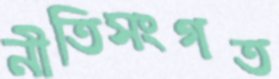
নীতিসংগত